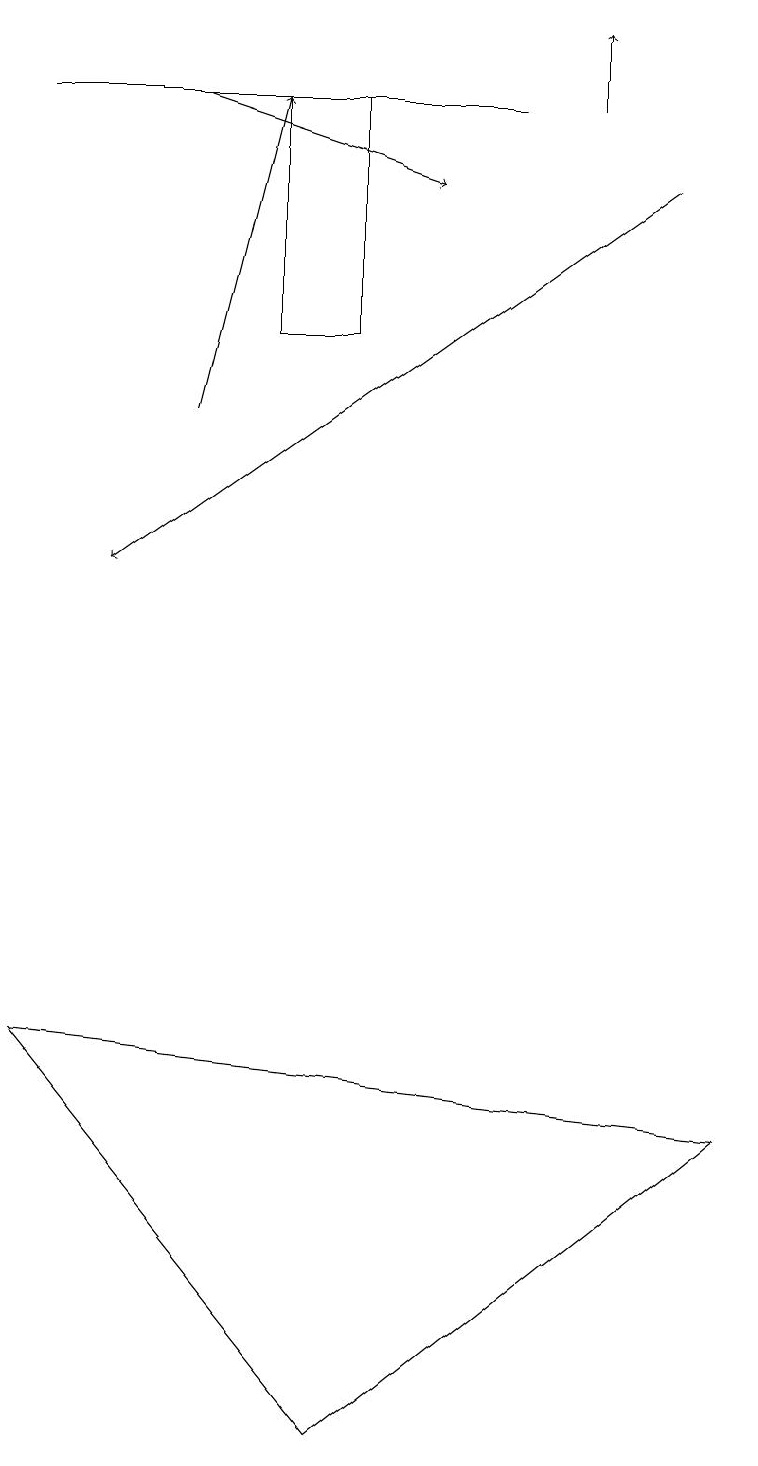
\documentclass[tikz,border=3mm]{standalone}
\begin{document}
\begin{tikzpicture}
\draw[->] (7,18) -- (7,19);
\draw (0,6) -- (9,5) -- (4,1) -- cycle;
\draw (3,18) rectangle (4,15);
\draw[->] (2,18) -- (5,17);
\draw (0,18) rectangle (6,18);
\draw[->] (2,14) -- (3,18);
\draw[->] (8,17) -- (1,12);
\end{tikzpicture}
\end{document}